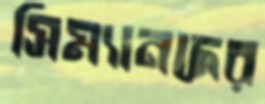
সিম্যানদের